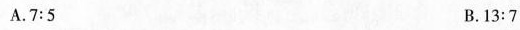
A.7:5 B.13:7